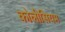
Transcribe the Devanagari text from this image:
कोलीसियम